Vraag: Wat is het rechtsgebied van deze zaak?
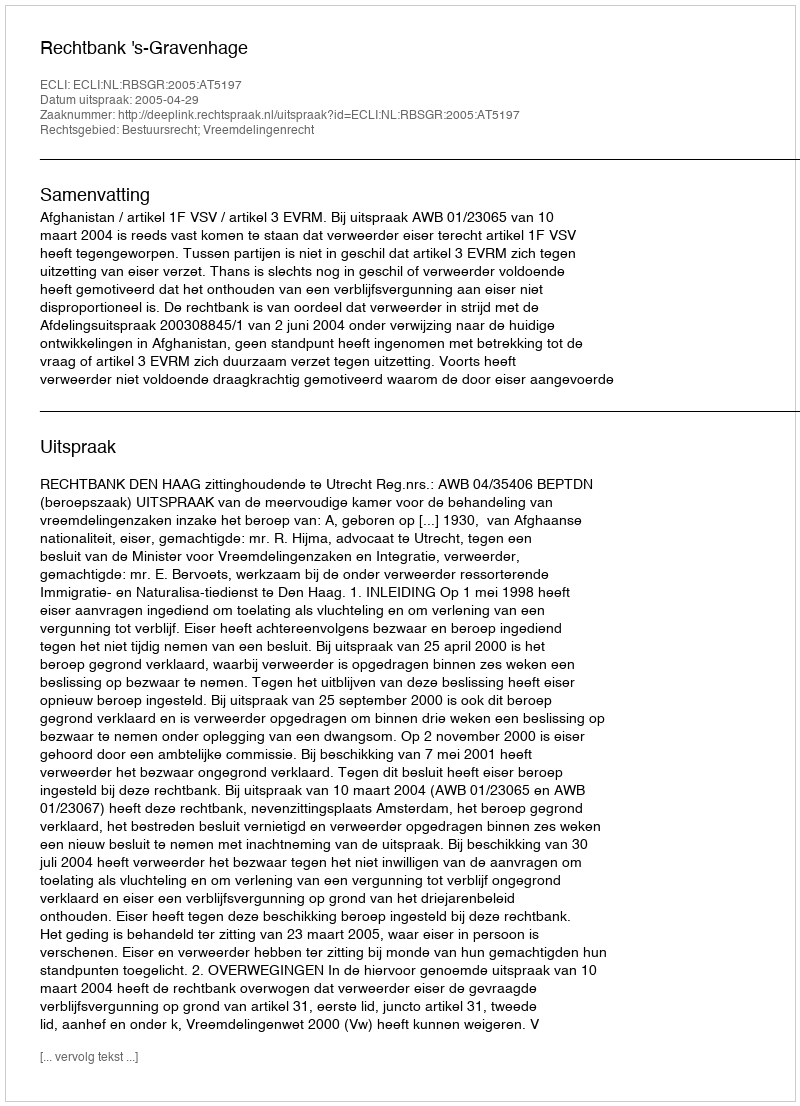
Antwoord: Bestuursrecht; Vreemdelingenrecht